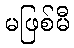
မဖြစ်မီ